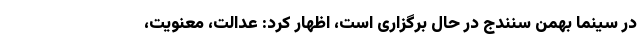
در سینما بهمن سنندج در حال برگزاری است، اظهار کرد: عدالت، معنویت،